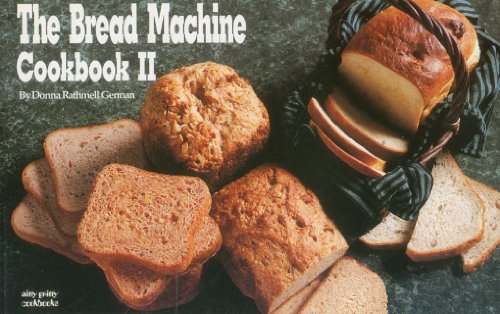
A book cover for The Bread Machine Cookbook II (Nitty Gritty Cookbooks); Donna Rathmell German; Cookbooks, Food & Wine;